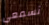
تسمعي